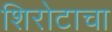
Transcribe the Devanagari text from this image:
शिरोटाचा